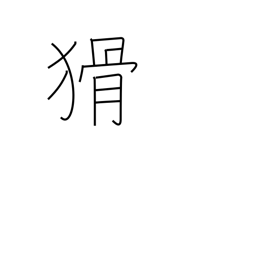
Meaning: crafty